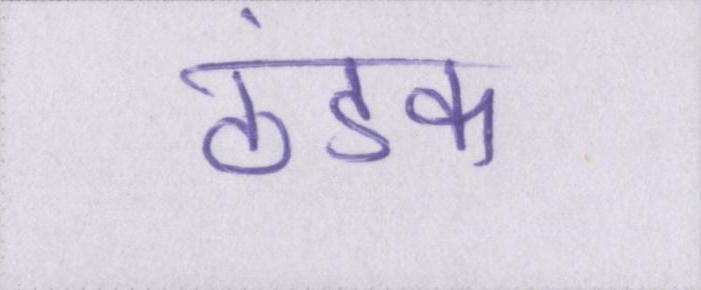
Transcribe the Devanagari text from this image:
ठंडक